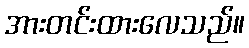
အားတင်းထားလေသည်။